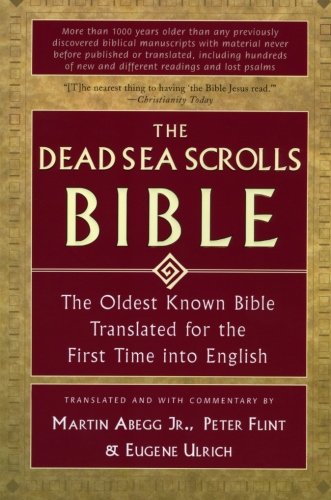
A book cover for The Dead Sea Scrolls Bible: The Oldest Known Bible Translated for the First Time into English; Martin G., Jr. Abegg; Christian Books & Bibles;